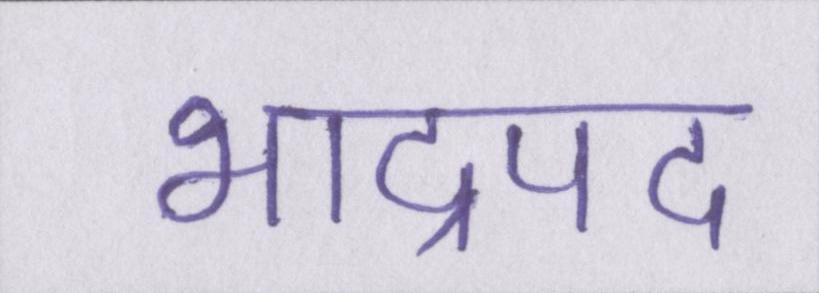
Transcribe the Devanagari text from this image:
भाद्रपद